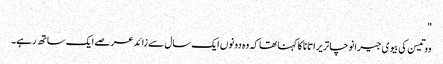
"
ووتیسن کی بیوی جیرانوچا تریراتانا کا کہنا تھا کہ وہ دونوں ایک سال سے زائد عرصے ایک ساتھ رہے۔